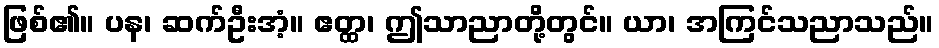
ဖြစ်၏။ ပန၊ ဆက်ဦးအံ့။ ဧတ္ထ၊ ဤသာညာတို့တွင်။ ယာ၊ အကြင်သညာသည်။